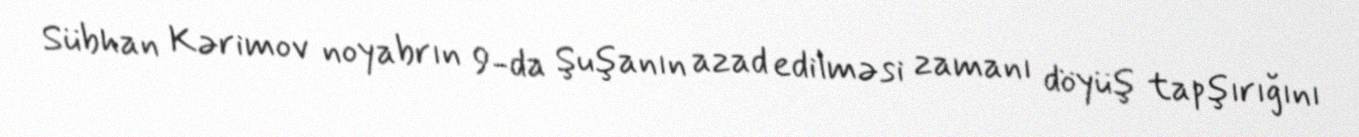
Sübhan Kərimov noyabrın 9-da Şuşanın azad edilməsi zamanı döyüş tapşırığını